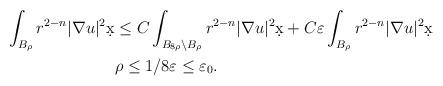
LaTeX: \begin{align*}\int_{B_{\rho}} r^{2-n} |\nabla u|^2 \d x &\leq C \int_{B_{8\rho} \setminus B_{\rho}} r^{2-n} |\nabla u|^2 \d x + C \varepsilon \int_{B_{\rho}} r^{2-n}|\nabla u|^2 \d x\\& \rho \leq 1/8 \varepsilon \leq \varepsilon_0.\end{align*}